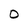
Character: O